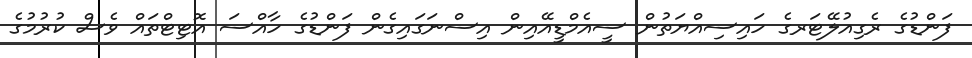
ފަންޑުގެ ރެގިއުލޭޓަރގެ ހައިސިއްޔަތުން ސީއެމްޑީއޭއިން އިސްނަގައިގެން ފަންޑުގެ ހާއްސަ އޮޓިޓްތައް ވެސް ކުރުމުގެ